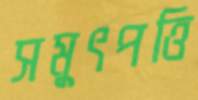
সমুৎপত্তি